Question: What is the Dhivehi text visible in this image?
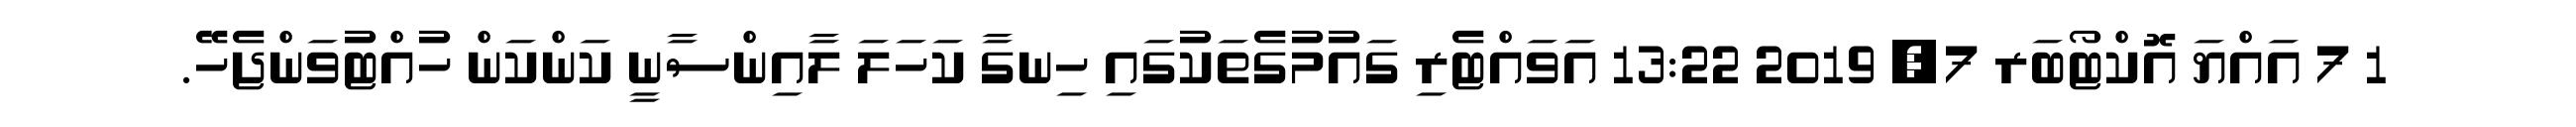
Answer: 1 7 އައްޔަ އޮކްޓޯބަރ 7, 2019 13:22 އަވައްޓެރި ގައުމުގެތަކުގައި ހިނގާ ކަހަލަ ލާއިންސާނީ ކަންކަން ހުއްޓުވަންޖެހޭ.